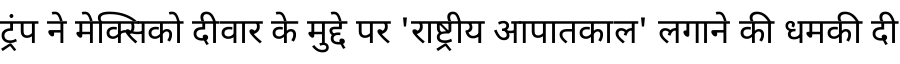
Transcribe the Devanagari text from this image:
ट्रंप ने मेक्सिको दीवार के मुद्दे पर 'राष्ट्रीय आपातकाल' लगाने की धमकी दी